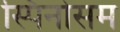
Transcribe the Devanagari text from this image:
स्पिनोसम